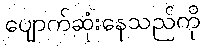
ပျောက်ဆုံးနေသည်ကို